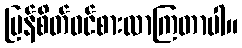
ပြန်စိတ်ဝင်စားလာကြတာပါ။